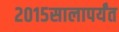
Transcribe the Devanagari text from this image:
२०१५सालापर्यंत